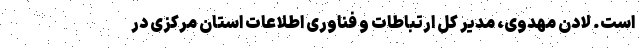
است. لادن مهدوی، مدیر کل ارتباطات و فناوری اطلاعات استان مرکزی در